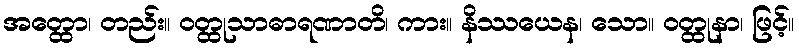
အတ္ထော၊ တည်း။ ဝတ္ထုသာဓာရဏာတိ၊ ကား။ နိဿယေန၊ သော။ ဝတ္ထုနာ၊ ဖြင့်။